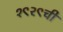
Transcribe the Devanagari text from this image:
१९२९ची